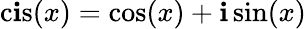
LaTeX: \operatorname{c\mathbf{i}s}(x)=\cos(x)+\mathbf{i}\sin(x)